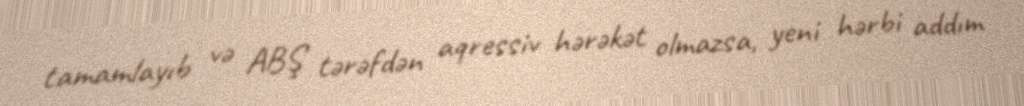
tamamlayıb və ABŞ tərəfdən aqressiv hərəkət olmazsa, yeni hərbi addım